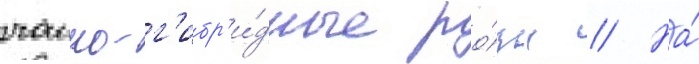
чаино-г'ибр'и́дные ро́зы // На́